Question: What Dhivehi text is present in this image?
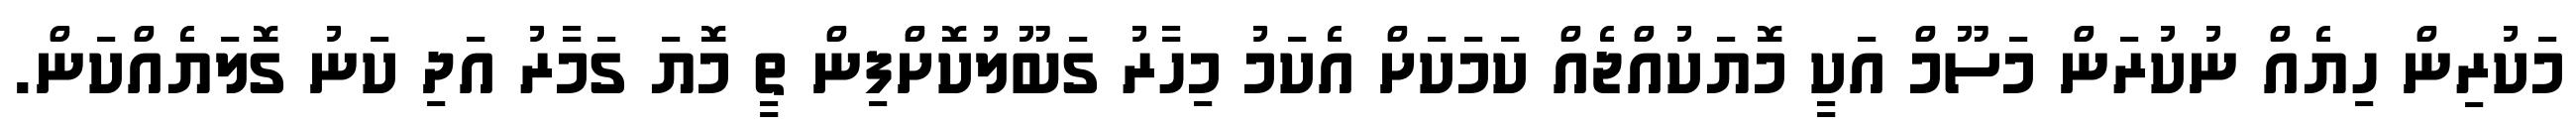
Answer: މަކުރިން ހިޔެއް ނުކުރަން މަސޫމް އަކީ މޮޔަކުއްޖެއް ކަމަކަށް އެކަމު މިހާރު ގަބޫލުކޮށްފިން ތީ މޮޔަ ގަމާރު އަދި ކަނު ގޮލަޔެއްކަން.